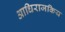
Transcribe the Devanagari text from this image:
आधिराजकिय